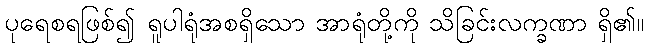
ပုရေစရဖြစ်၍ ရူပါရုံအစရှိသော အာရုံတို့ကို သိခြင်းလက္ခဏာ ရှိ၏။